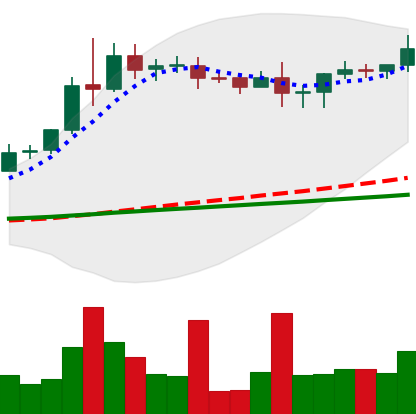
Ticker: XRP-USD
Chart end date: 2020-08-17
Forward return: -8.966%
Label: down_7plus